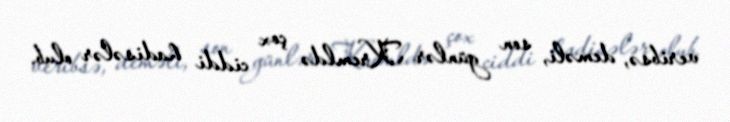
veribsə, deməli, son günlər Kremldə çox ciddi hadisələr olub.